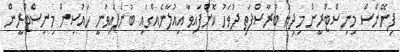
ފިނޭންސް މިނިސްޓްރީން މިދިޔަ ބުރާސްފަތި ދުވަހު ކޮށްފައިވާ އިއުލާނެއްގައި ބުނެފައިވަނީ ހައުސިން މިނިސްޓްރީން